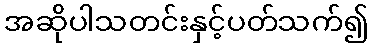
အဆိုပါသတင်းနှင့်ပတ်သက်၍